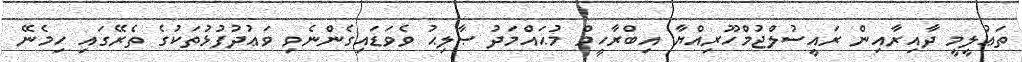
ތަޢުލީމީ ދާއިރާއިން ރައީސުލްޖުމްހޫރިއްޔާ އިބްރާހީމް މުޙައްމަދު ޞާލިޙު ވެވަޑައިގެންނެވި ވަޢުދުފުޅުތަކުގެ ތެރޭގައި ހިމެނޭ